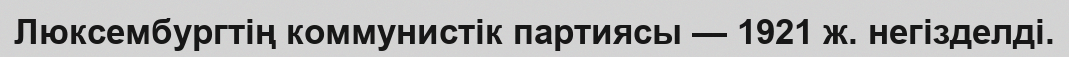
Люксембургтің коммунистік партиясы — 1921 ж. негізделді.